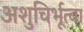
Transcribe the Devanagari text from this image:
अशुचिर्भूत्वा